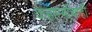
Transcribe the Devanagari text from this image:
कहाण्यांचाही